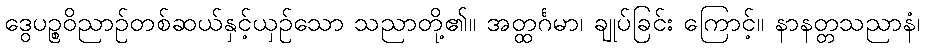
ဒွေပဉ္စဝိညာဉ်တစ်ဆယ်နှင့်ယှဉ်သော သညာတို့၏။ အတ္ထင်္ဂမာ၊ ချုပ်ခြင်း ကြောင့်။ နာနတ္တသညာနံ၊